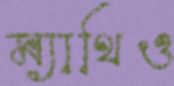
ম্যাথিও